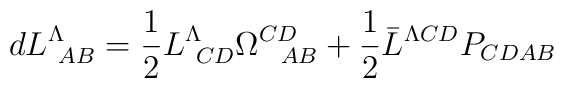
dL^{\Lambda}_{\ AB} ={1 \over 2} L^{\Lambda}_{\ CD} \Omega^{CD}_{\ \ AB}+{1 \over 2}\bar L^{\Lambda CD}  P_{CD AB}